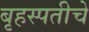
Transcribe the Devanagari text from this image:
बृहस्पतीचे